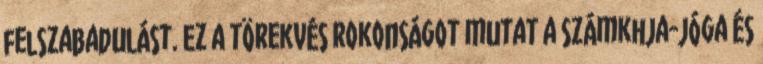
felszabadulást. Ez a törekvés rokonságot mutat a számkhja-jóga és